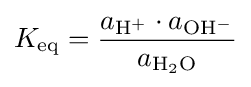
K_{\rm {eq}}={\frac {a_{\rm {H^{+}}}\cdot a_{\rm {OH^{-}}}}{a_{\rm {H_{2}O}}}}